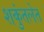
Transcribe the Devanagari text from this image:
शकुंतलेत